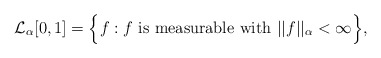
\begin{align*}\mathcal{L}_{\alpha }[0,1] =\Big\{ f: f \textrm{ is measurable with } ||f||_{\alpha } < \infty \Big\},\end{align*}